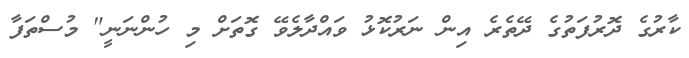
ކާރުގެ ދޮރުފަތުގެ ދޭތެރެ އިން ނަރުކޮޅު ވައްދާލެވޭ ގޮތަށް މި ހުންނަނީ" މުސްތަފާ